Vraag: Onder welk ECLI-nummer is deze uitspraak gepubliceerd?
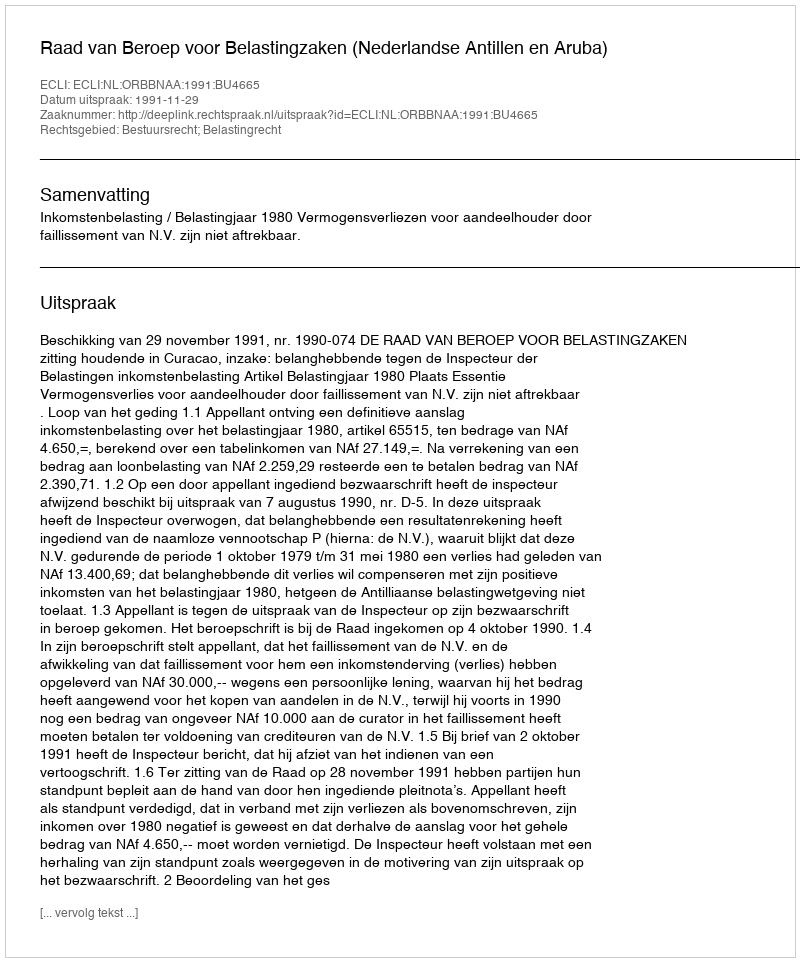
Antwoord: ECLI:NL:ORBBNAA:1991:BU4665